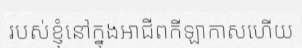
របស់ខ្ញុំនៅក្នុងអាជីពកីឡាកាសហើយ